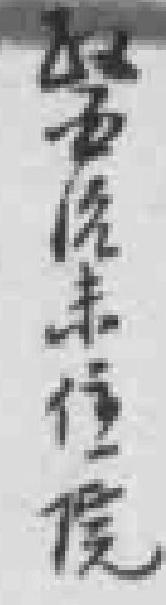
醫治未住院